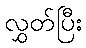
လွှတ်ပြီး